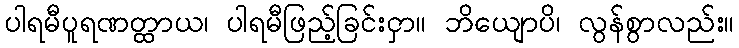
ပါရမီပူရဏတ္ထာယ၊ ပါရမီဖြည့်ခြင်းငှာ။ ဘိယျောပိ၊ လွန်စွာလည်း။